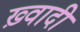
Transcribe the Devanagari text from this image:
ख़्वादी